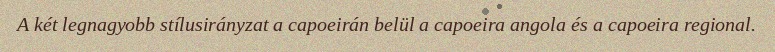
A két legnagyobb stílusirányzat a capoeirán belül a capoeira angola és a capoeira regional.